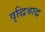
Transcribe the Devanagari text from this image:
वृद्धिश्राद्ध